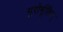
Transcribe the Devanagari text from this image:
गुरोर्मूतिःर्